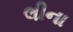
લીના